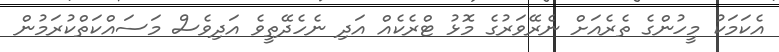
އެކަމަކު މީހުންގެ ތެރެއަށް ނެރޭވަރުގެ މޮޅު ޓްރެކެއް އަދި ނެހެދޭތީވެ އަދިވެސް މަސައްކަތްކުރަމުން